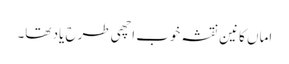
اماں کانین نقشہ خوب اچھی طرح یاد تھا۔